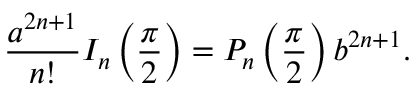
{ \frac { a ^ { 2 n + 1 } } { n ! } } I _ { n } \left( { \frac { \pi } { 2 } } \right) = P _ { n } \left( { \frac { \pi } { 2 } } \right) b ^ { 2 n + 1 } .